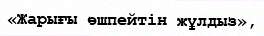
«Жарығы өшпейтін жұлдыз»,